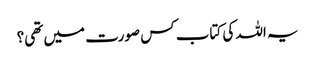
یہ اللہ کی کتاب کس صورت میں تھی؟